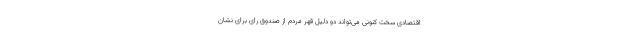
اقتصادی سخت کنونی می‌تواند دو دلیل قهر مردم از صندوق رای برای نشان